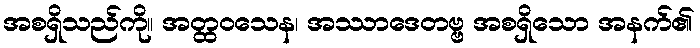
အစရှိသည်ကို။ အတ္ထဝသေန၊ အဿာဒေတဗ္ဗ အစရှိသော အနက်၏